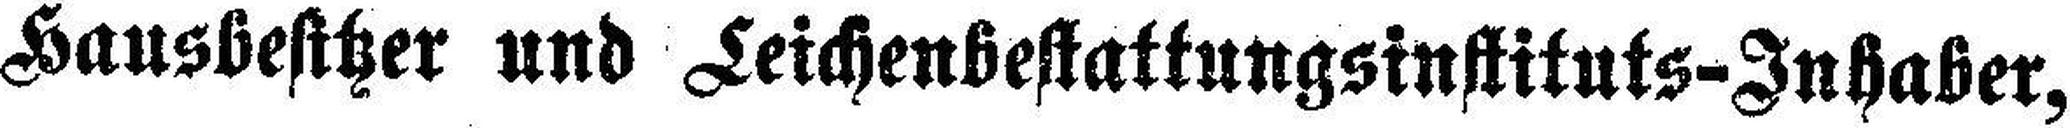
Hausbesitzer und Leichenbestattungsinstituts-Inhaber,